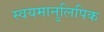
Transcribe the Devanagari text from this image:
स्वयमानुलिपिक